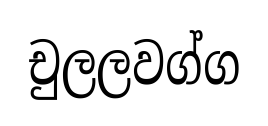
චුලලවග්ග